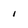
Character: i